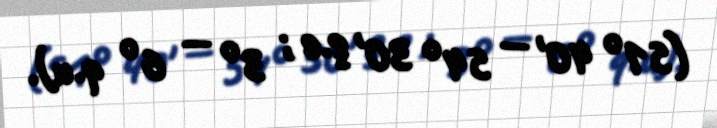
(51° 40' — 54° 30' ş.e ; 3° — 6° q.u).